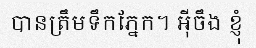
បានត្រឹមទឹកភ្នែក។ អ៊ីចឹង ខ្ញុំ